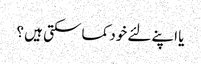
یا اپنے لئے خود کما سکتی ہیں ؟